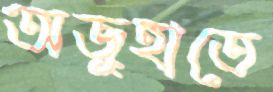
অজুহাতে